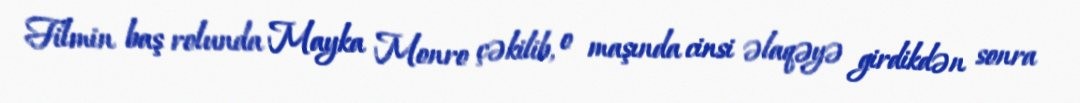
Filmin baş rolunda Mayka Monro çəkilib, o maşında cinsi əlaqəyə girdikdən sonra